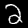
Label: 2